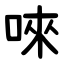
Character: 唻